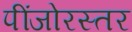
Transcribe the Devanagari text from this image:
पींजोरस्तर